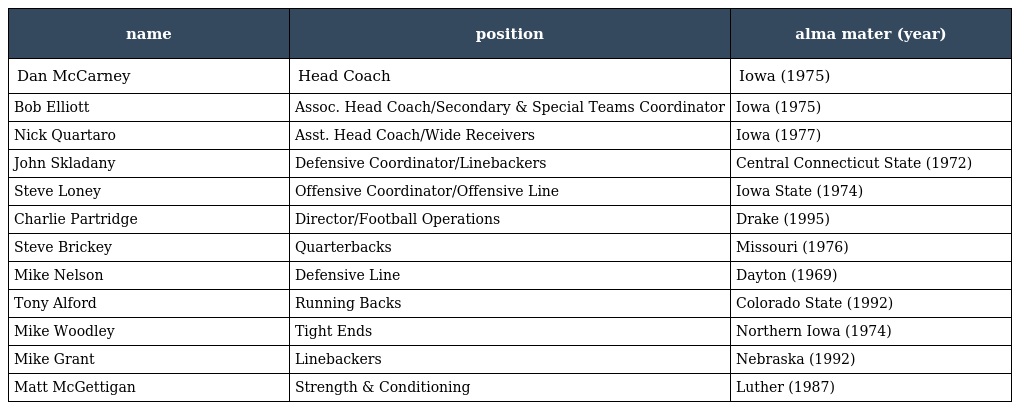
| name | position | alma mater (year) |
 | --- | --- | --- |
 | Dan McCarney | Head Coach | Iowa (1975) |
 | Bob Elliott | Assoc. Head Coach/Secondary & Special Teams Coordinator | Iowa (1975) |
 | Nick Quartaro | Asst. Head Coach/Wide Receivers | Iowa (1977) |
 | John Skladany | Defensive Coordinator/Linebackers | Central Connecticut State (1972) |
 | Steve Loney | Offensive Coordinator/Offensive Line | Iowa State (1974) |
 | Charlie Partridge | Director/Football Operations | Drake (1995) |
 | Steve Brickey | Quarterbacks | Missouri (1976) |
 | Mike Nelson | Defensive Line | Dayton (1969) |
 | Tony Alford | Running Backs | Colorado State (1992) |
 | Mike Woodley | Tight Ends | Northern Iowa (1974) |
 | Mike Grant | Linebackers | Nebraska (1992) |
 | Matt McGettigan | Strength & Conditioning | Luther (1987) |